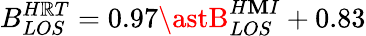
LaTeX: B_{LOS}^{H\mathbb{R}T}=0.97\astB_{LOS}^{H\mathbf{M}I}+0.83